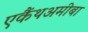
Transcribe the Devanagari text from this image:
एकैंथअमीबा